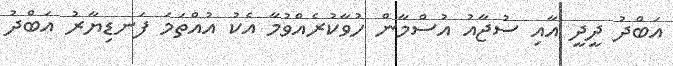
އަބްދު ދީދީ އާއި ސުޖާއު އުސްމާން ހުވާކުރެއްވުމާ އެކު އުއްތަމަ ފަނޑިޔާރު އަބްދު